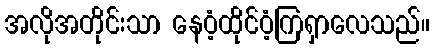
အလိုအတိုင်းသာ နေဝံ့ထိုင်ဝံ့ကြရှာလေသည်။